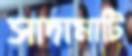
সাদামাটি